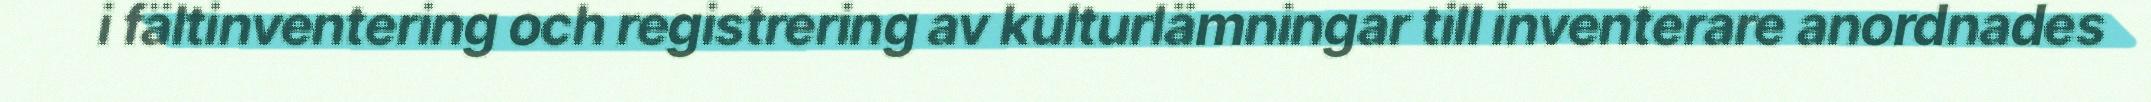
i fältinventering och registrering av kulturlämningar till inventerare anordnades